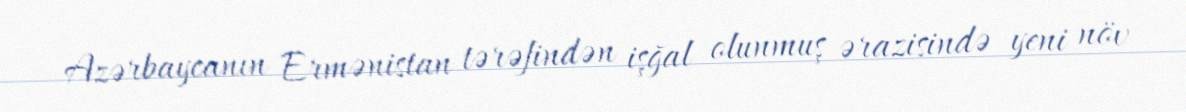
Azərbaycanın Ermənistan tərəfindən işğal olunmuş ərazisində yeni növ